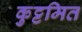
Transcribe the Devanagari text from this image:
कुट्टमित